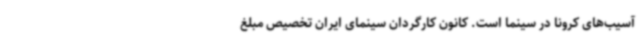
آسیب‌های کرونا در سینما است. کانون کارگردان سینمای ایران تخصیص مبلغ